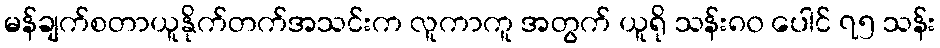
မန်ချက်စတာယူနိုက်တက်အသင်းက လူကာကူ အတွက် ယူရို သန်း၈၀ ပေါင် ၇၅ သန်း